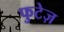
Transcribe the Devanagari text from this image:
फुटेज़